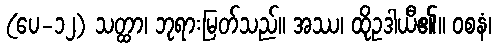
(ပေ-၁၂) သတ္ထာ၊ ဘုရားမြတ်သည်။ အဿ၊ ထိုဥဒါယီ၏။ ဝစနံ၊